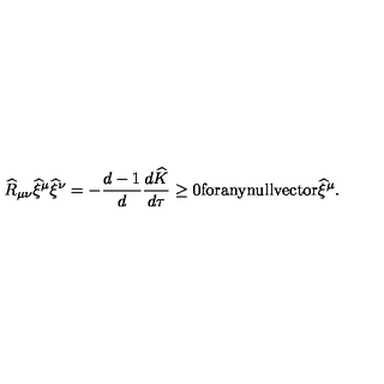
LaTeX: \widehat { R } _ { \mu \nu } \widehat { \xi } ^ { \mu } \widehat { \xi } ^ { \nu } = - \frac { d - 1 } { d } \frac { d \widehat { K } } { d \tau } \ge 0 \mathrm { f o r a n y n u l l v e c t o r } \widehat { \xi } ^ { \mu } .